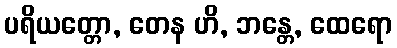
ပရိယတ္တော, တေန ဟိ, ဘန္တေ, ထေရော